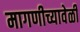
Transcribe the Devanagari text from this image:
मागणीच्यावेळी